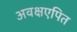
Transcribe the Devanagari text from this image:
अवक्षएपित